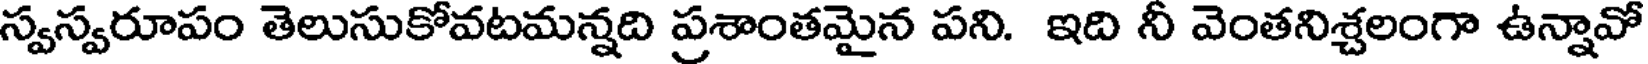
స్వస్వరూపం తెలుసుకోవటమన్నది ప్రశాంతమైన పని. ఇది నీ వెంతనిశ్చలంగా ఉన్నావో